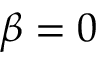
\beta = 0